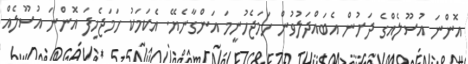
އޮންނަ އުސޫލެއްގެ ދަށުން އެބައްދަލުވުން ހަމަޖެހުނީމަ އަންގާނެޔޭ. އެކަމަކު ހަމަޖެހިފަ އޮންނަ އުސޫލެއް